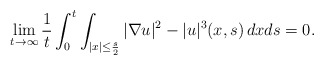
\begin{align*}\lim_{t\to\infty}\frac{1}{t}\int_0^t\int_{|x|\leq\frac{s}{2}}|\nabla u|^2-|u|^3(x,s)\,dxds=0.\end{align*}